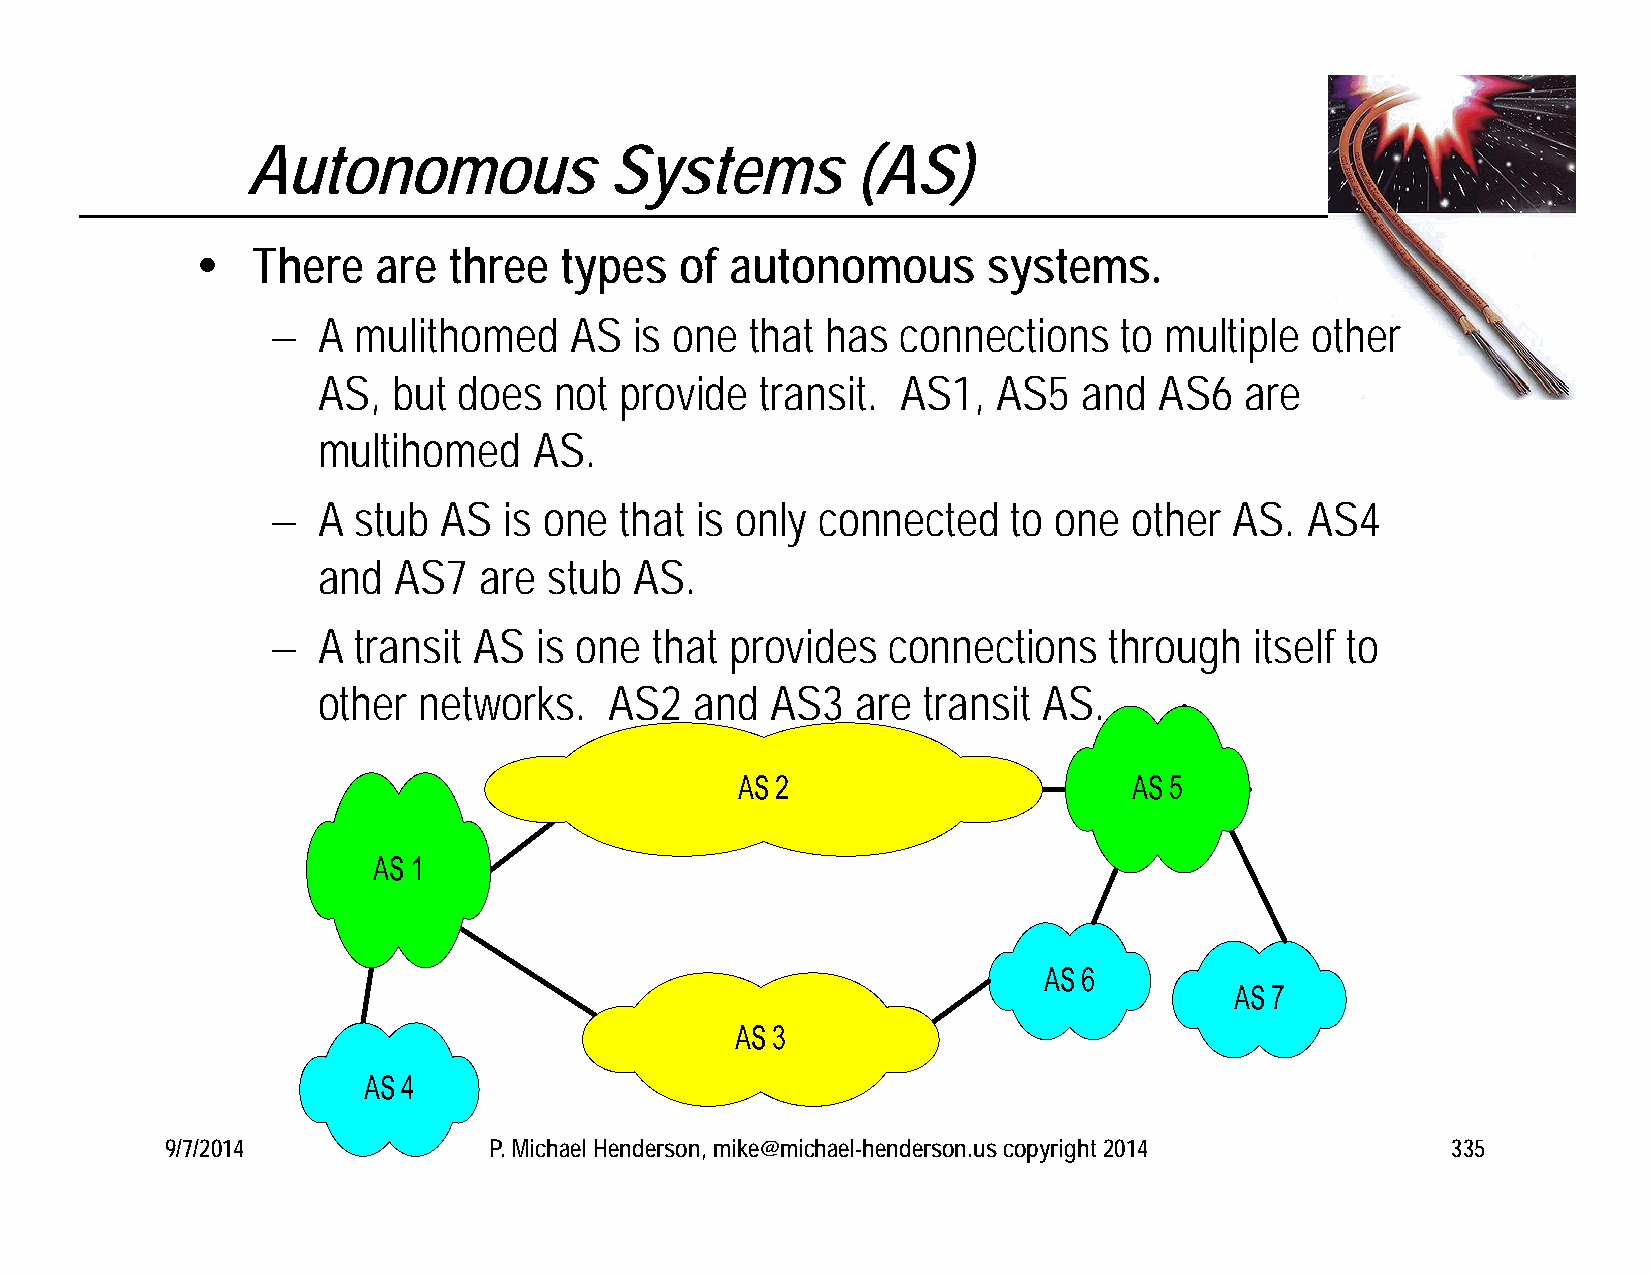
Autonomous              Systems          (AS)
    There   are  three  types   of autonomous       systems.
   A  mulithomed    AS  is one  that has  connections   to multiple  other
 AS,  but does   not provide  transit.  AS1,  AS5   and  AS6  are
 multihomed    AS.
   A  stub AS  is one  that is only connected    to one  other  AS. AS4
 and  AS7   are stub  AS.
   A  transit AS  is one that provides   connections   through   itself to
 other  networks.   AS2   and  AS3   are transit AS.
 9/7/2014             P. Michael Henderson, mike@michael-henderson.us copyright 2014  335